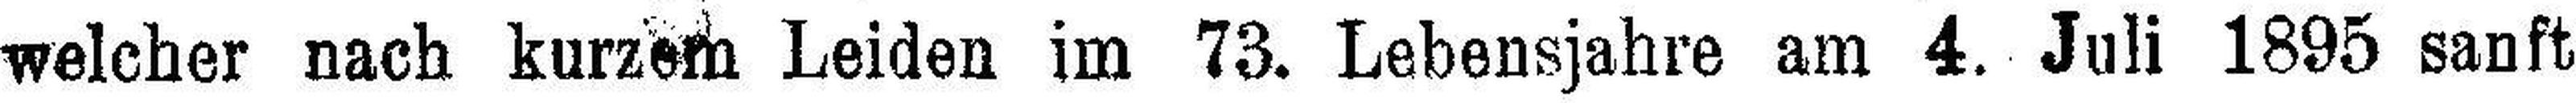
welcher nach kurzem Leiden im 73. Lebensjahre am 4. Juli 1895 sanft